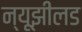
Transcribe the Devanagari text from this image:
न्यूझीलड